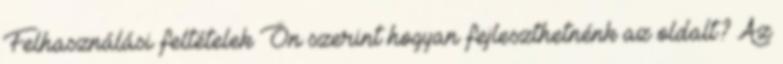
Felhasználási feltételek Ön szerint hogyan fejleszthetnénk az oldalt? Az